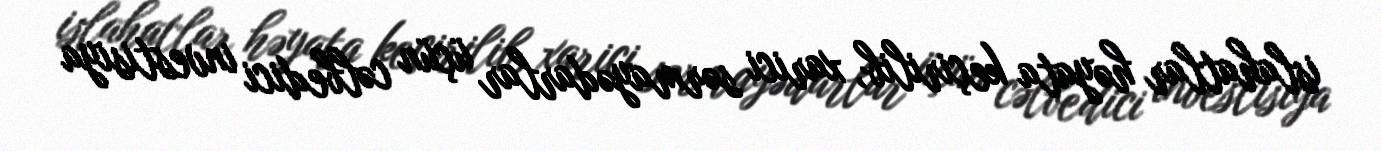
islahatlar həyata keçirilib, xarici sərmayədarlar üçün cəlbedici investisiya